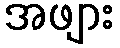
အဖျား